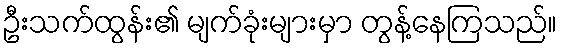
ဦးသက်ထွန်း၏ မျက်ခုံးများမှာ တွန့်နေကြသည်။